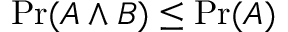
\operatorname* { P r } ( A \land B ) \leq \operatorname* { P r } ( A )